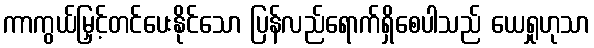
ကာကွယ်မြှင့်တင်ပေးနိုင်သော ပြန်လည်ရောက်ရှိစေပါသည် ယေရှုဟုသာ